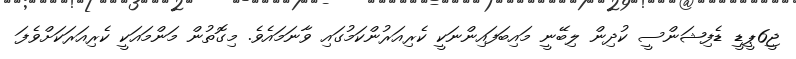
ޖީ6ޕީޑީ ޑެފިޝަންސީ ކުދިން ލިބޭނީ މައިބަފައިންނަކީ ކެރިއަރުންކަމުގައި ވާނަމައެވެ. މިގޮތުން މަންމައަކީ ކެރިއަރަކަށްވެފަ